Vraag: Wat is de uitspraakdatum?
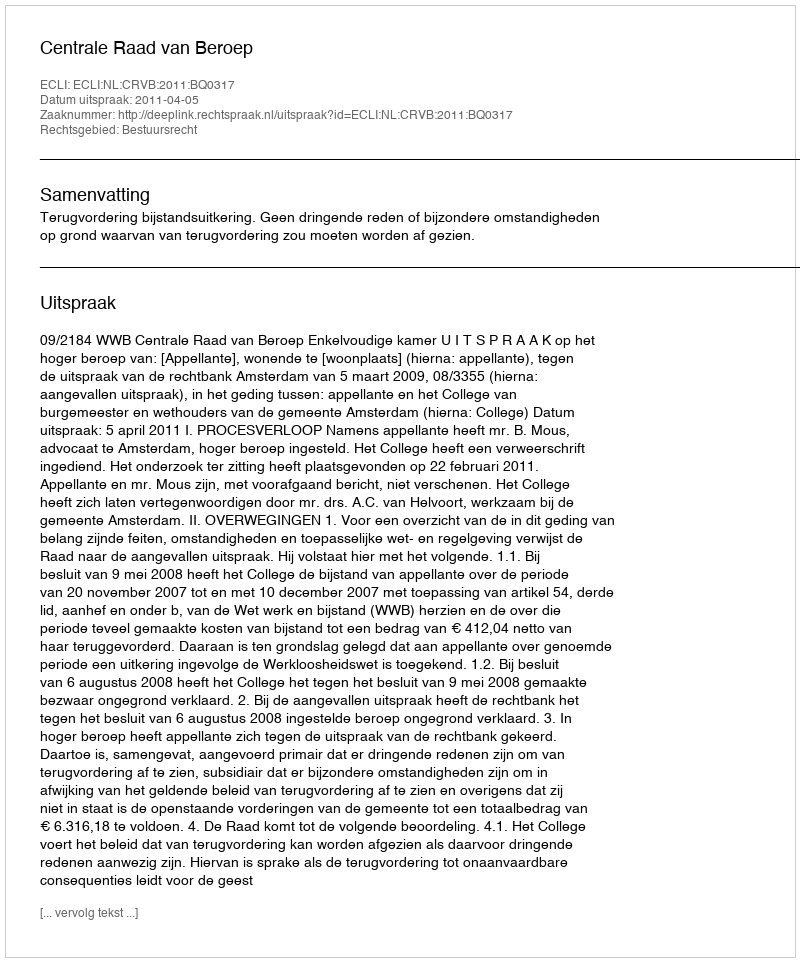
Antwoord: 2011-04-05